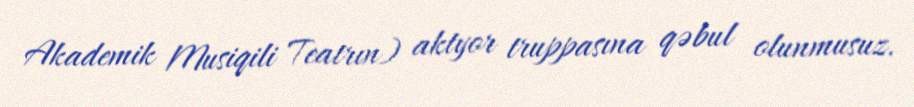
Akademik Musiqili Teatrın) aktyor truppasına qəbul olunmusuz.